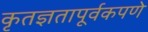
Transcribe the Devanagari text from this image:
कृतज्ञतापूर्वकपणे